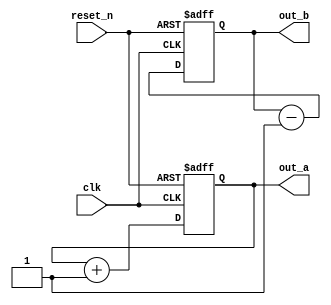
module ParameterizedModule #(
    parameter INITIAL_VALUE_A = 8'hA5, // Default initial value for register A
    parameter INITIAL_VALUE_B = 8'h5A  // Default initial value for register B
)(
    input wire clk,           // Clock input
    input wire reset_n,      // Active low reset
    output reg [7:0] out_a,  // Output A
    output reg [7:0] out_b   // Output B
);

// Internal state variables
reg [7:0] register_a;
reg [7:0] register_b;

// Initialization block
initial begin
    register_a = INITIAL_VALUE_A; // Set initial value for register A
    register_b = INITIAL_VALUE_B; // Set initial value for register B
end

// Always block to handle clock behavior
always @(posedge clk or negedge reset_n) begin
    if (!reset_n) begin
        // On reset, set registers to initial values
        register_a <= INITIAL_VALUE_A;
        register_b <= INITIAL_VALUE_B;
    end else begin
        // Example: Simple operation (increment)
        register_a <= register_a + 1;
        register_b <= register_b - 1;
    end
end

// Output assignment
always @(*) begin
    out_a = register_a;
    out_b = register_b;
end

endmodule